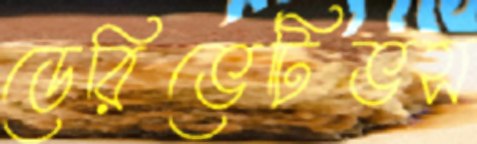
ডেরিভেটিভস